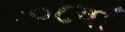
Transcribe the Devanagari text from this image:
२०८वॉ